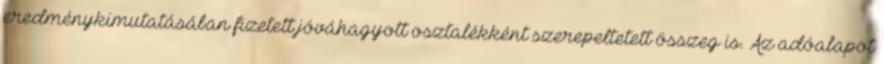
eredménykimutatásában fizetett jóváhagyott osztalékként szerepeltetett összeg is. Az adóalapot